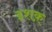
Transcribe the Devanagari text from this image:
इशक़